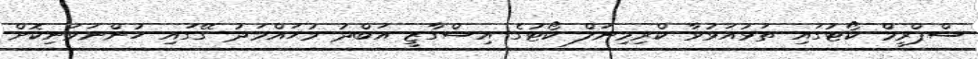
ސްޕްރީމް ކޯޓުގައި ތަޅުއަޅުވާ ކްރިމިނަލް ކޯޓުގެ އިސްގާޒީ އަބްދު މުޙައްމަދު ގޭގައި ހުންނަވަނިކޮށް